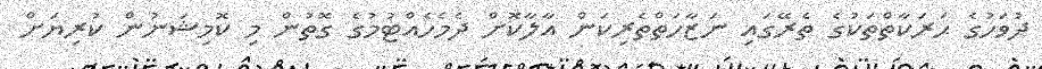
ދުވަހުގެ ޙަރަކާތްތަކުގެ ތެރޭގައި ނަޒާހަތްތެރިކަން އާލާކޮށް ދެމެހެއްޓުމުގެ ގޮތުން މި ކޮމިޝަނުން ކުރިޔަށް